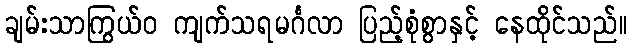
ချမ်းသာကြွယ်ဝ ကျက်သရမင်္ဂလာ ပြည့်စုံစွာနှင့် နေထိုင်သည်။